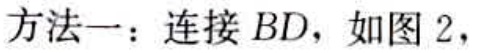
方法一：连接 \(BD\)，如图 2，